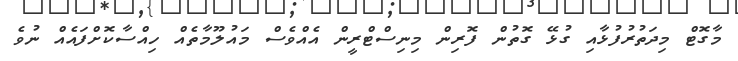
މާގޮޓް މިދަތުރުފުޅާއި ގުޅޭ ގޮތުން ފޮރިން މިނިސްޓްރީން އެއްވެސް މައުލޫމާތެއް ހިއްސާކޮށްފައެއް ނުވެ